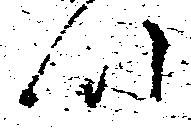
川